Leningradi_Edasi_toimetus, lk 25
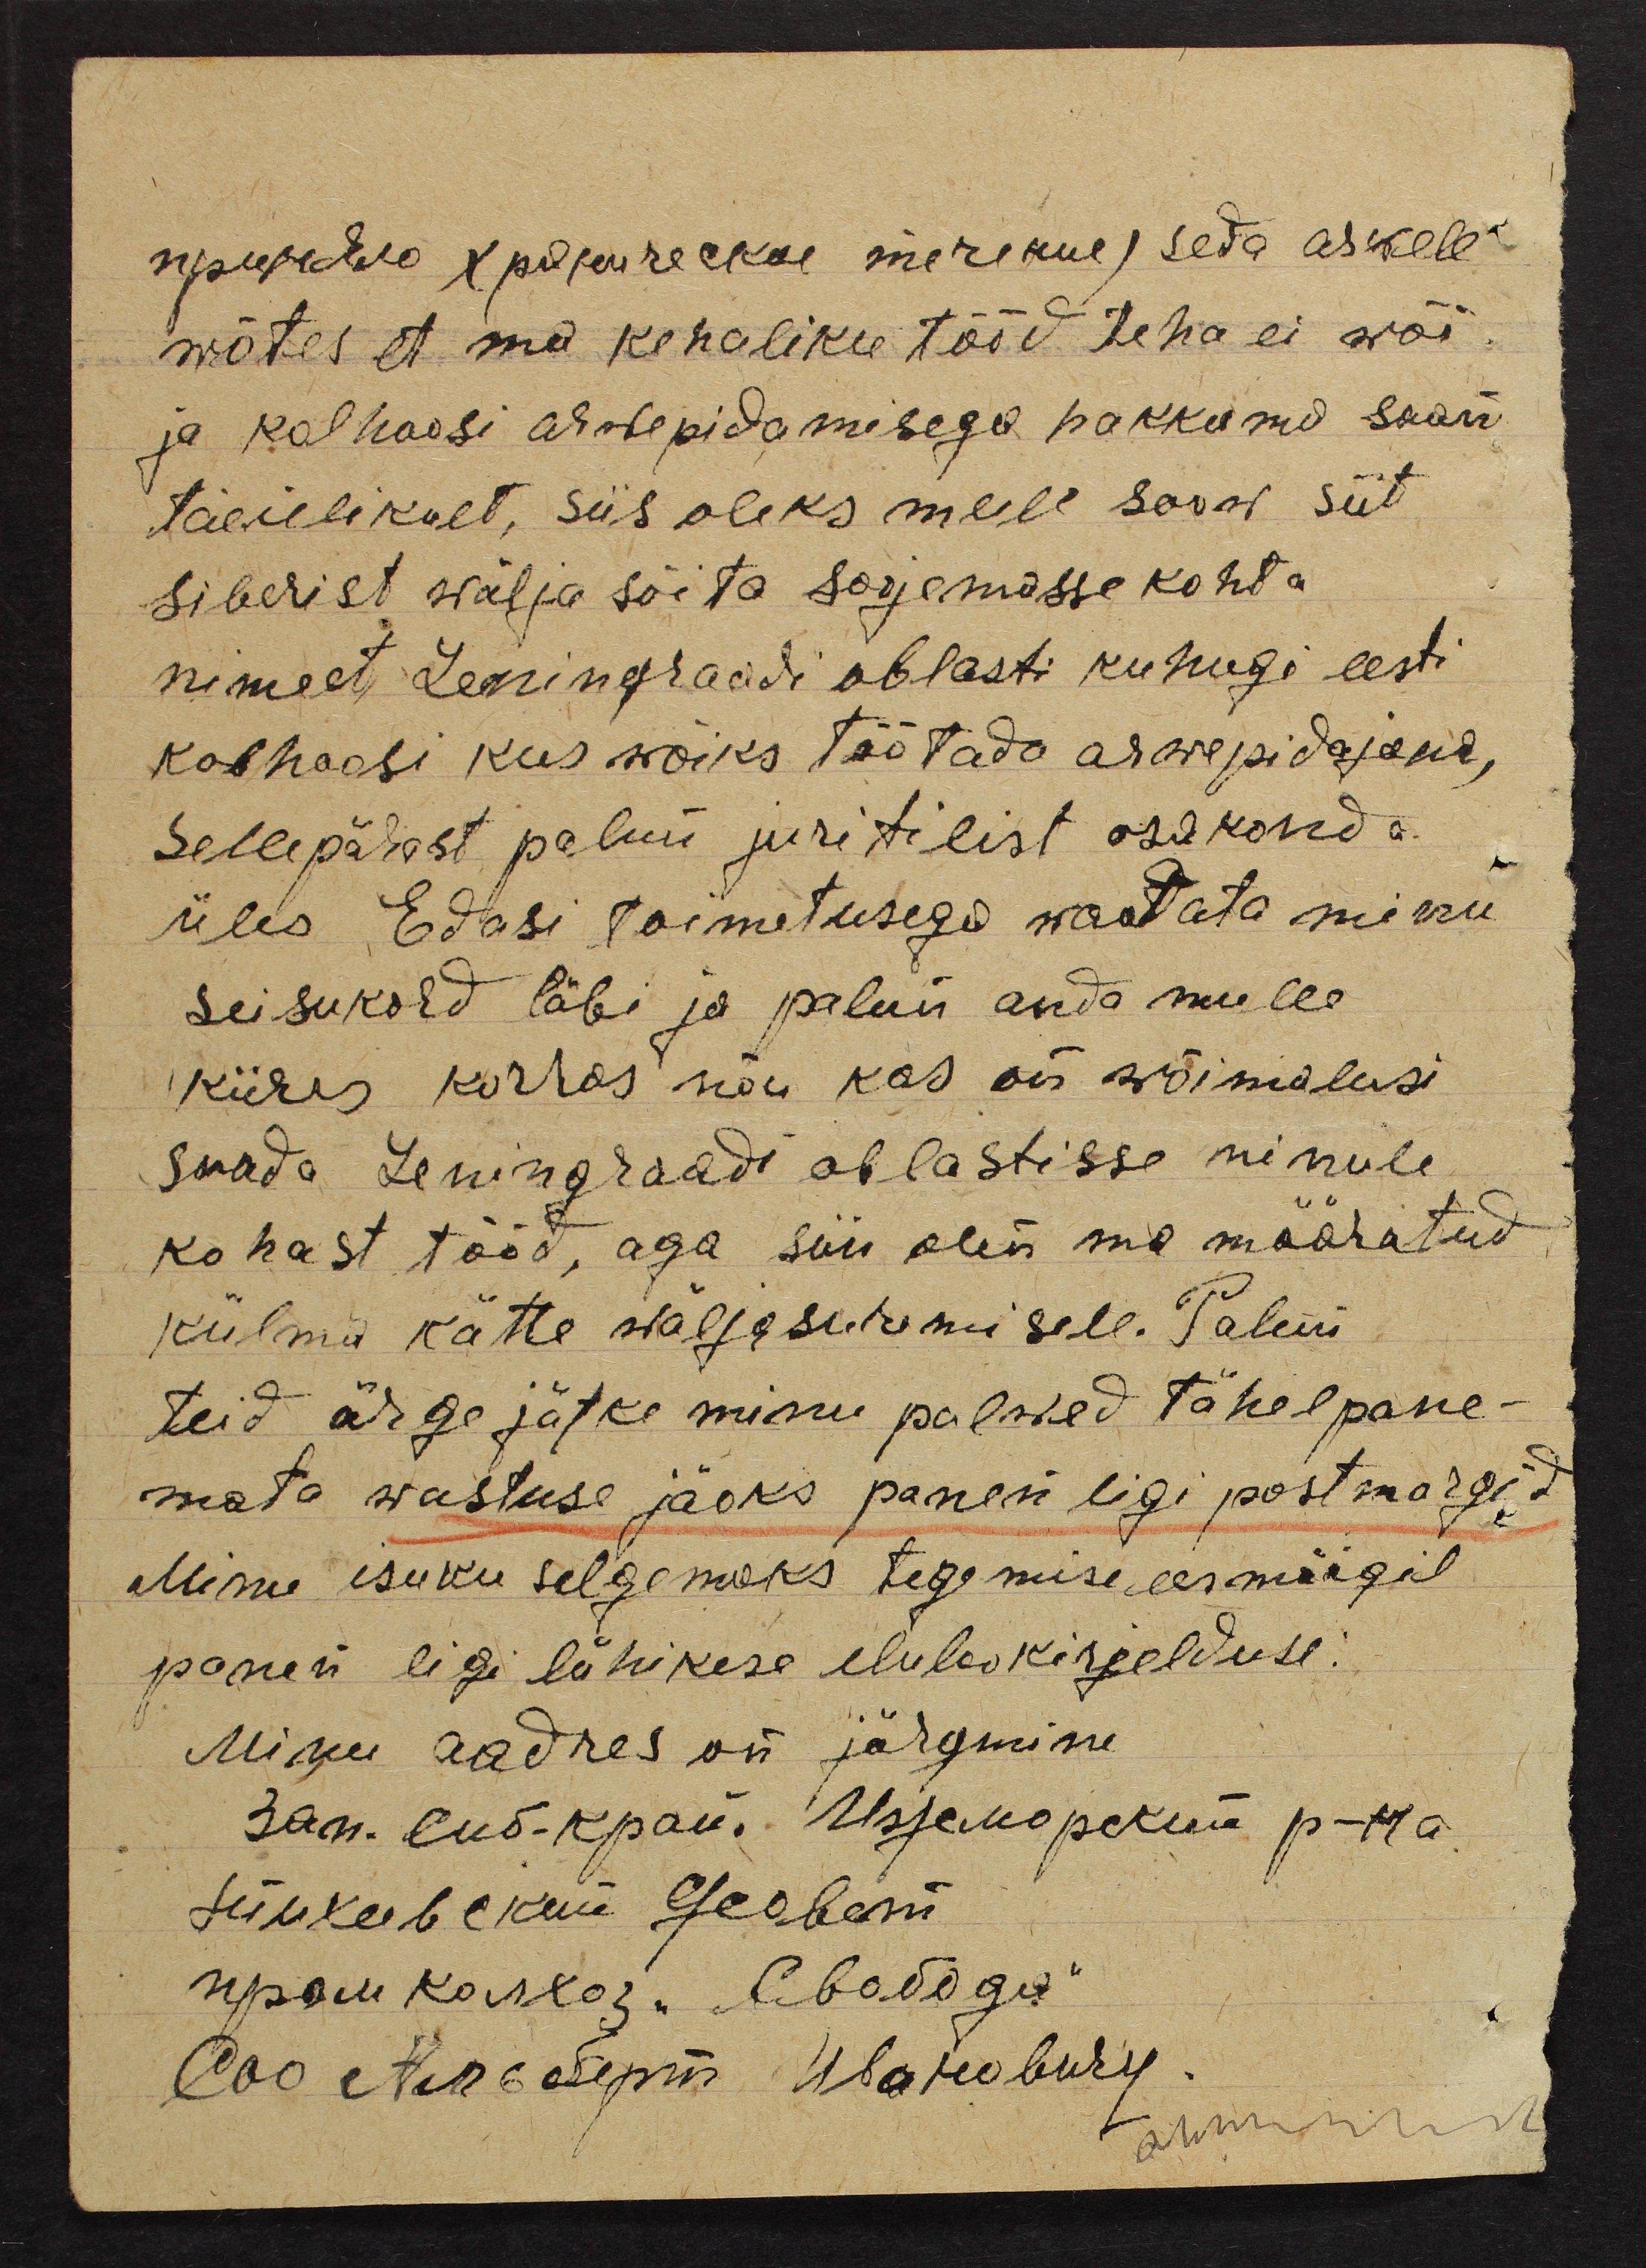
пурижедзо зругесское теъние) seda askele
wõtes et ma kehaliku tööd teha ei wõi
ja kolhoosi arwepidamisega hakkama saan
täeielikult, siis oleks mule soov siit
siberist wälja sõita soojemasse kohta
nimelt Leringraadi oblasti kuhugi eesti
kolhoosi kus wõiks töötada arwepidajana,
Sellepärast palun juritilist osakonda
üles Edasi toimetusega waadata minu
seisukord läbi ja palun anda mulle
kiires korras nõu kas on wõimalusi
saada Leningraadi oblastisse minule
kohast tööd, aga siin olin ma määratud
külma kätte wäljasuremisele. Palun
teid ärge jätke minu palwed tähelpane-
mata wastuse jaoks panen ligi postmargid
Minu isuku selgemaks tegemise eesmärgil
panen ligi lühikese elulookirjelduse.
Minu aadres on järgmine